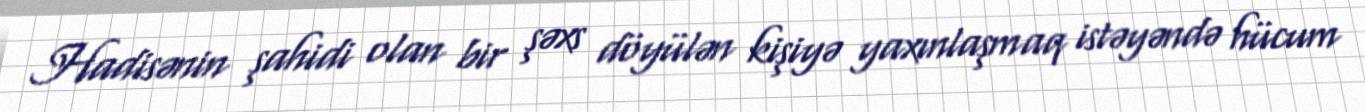
Hadisənin şahidi olan bir şəxs döyülən kişiyə yaxınlaşmaq istəyəndə hücum